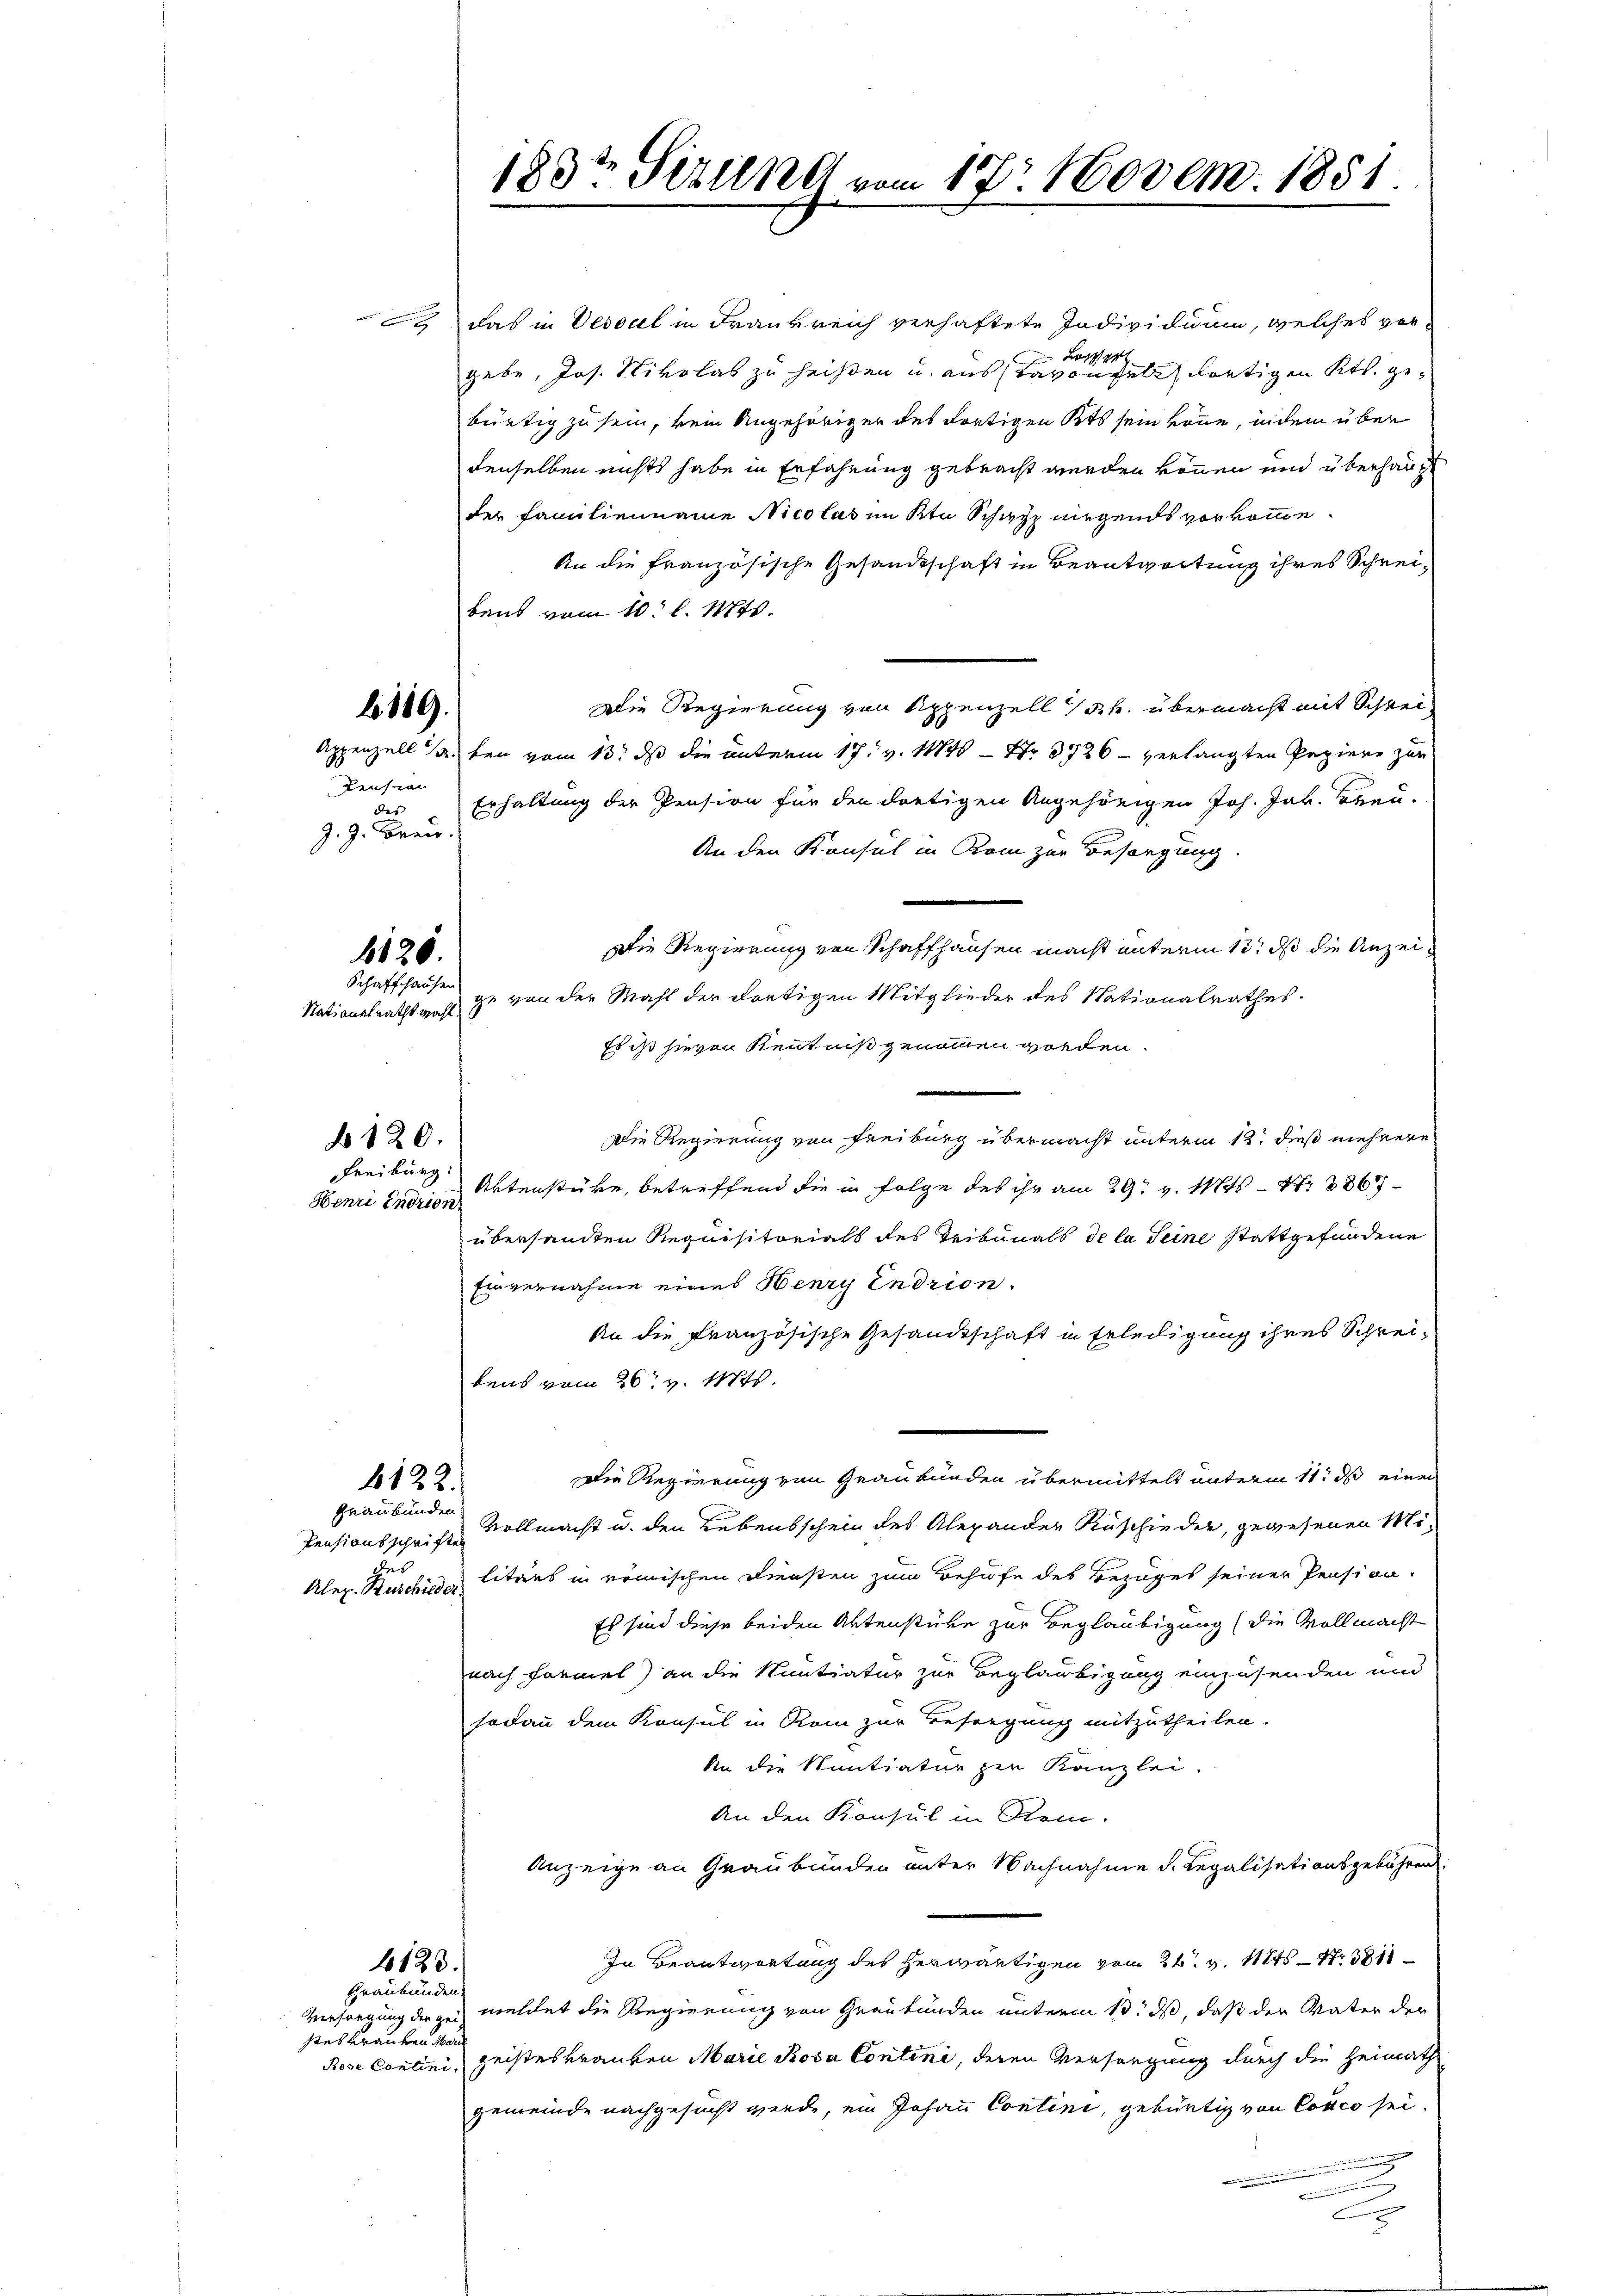
Reichnen
des |
J. J. Brei.

119.

6120.
Schaffhausen

Freiburg.
Henri indrion.

120.

Graubünden
Pensionsschriften
ches
Kleg. Ruschieder

c, das in Vesaal in Frankreich verhaftete Individuum, welches vor¬
 L
gebe, Jos. Rivolas zu heißen u. ausstavongelich dortigen Kts. gebürtig zu sein, kein Angehöriger des dortigen Kts sein köne, indem über
denselben nichts habe in Erfahrung gebracht werden können und überhaupt
der Familienname Nicolas im Kt. Schatz nirgends vorkomme.
An die französische Gesandtschaft in Beantwortung ihres Schreibens vom 10t l. Mts.
Die Regierung von Appenzell h. übermacht mit Schrei¬
Appenzell A. bei vom 13. ds die unterm 17. v. 11845 — Nr. 3726 - verlangten Papiere zur
Erhaltung der Pension für den dortigen Angehörigen Joh. Jak. Breu-
An den Konsul in Rom zur Besorgung.
Die Regierung von Schaffhausen macht unterm 13t ds die Anzei¬
Nationalrathswahl zu von der Mahl der dortigen Mitglieder des Nationalrathes.
Es ist hievon Kenntniß genommen worden.
e
Die Regierung von Freiburg übermacht unterm 12. dieß mehrere
Aktenstüke, betreffend die in Folge des ihr am 29. v. M. 186
übersandten Requisitorials des Reibunals de la Seine stattgefundene
Einvernahme eines Henry Endrion.
An die französische Gesandtschaft in Erledigung ihres Schreibens vom 26t v. Mts.
Die Regierung von Graubünden übermittelt unterm 11. ds einer
4122.
Vollmacht u. den Lebensschein des Alexander Ruschieder, gewesenen Militärs in reinischen Diensten zum Behufe des Bezuges seiner Pension.
Es sind diese beiden Aktenstüke zur Beglaubigung (die Vollmacht
nach Formel) an die Sentiatur zur Beglaubigung einzusenden und
sodann dem Konsul in Rom zur Besorgung mitzutheilen.
An die Sentiatur zur Kanzlei.
An den Konsul in Rein.
Anzeige an Graubünden unter Nachnahme d. Regalisationsgebühren:
In Beantwortung des herwärtigen vom 24. v. Mts. Nr. 381
6123.
Versorgung der meldet die Regierung von Graubünden unterm 13. ds, daß der Vater der
Rose Contini geisteskrauten Marie Rosa Contine, deren Versorgung durch die Heimathgemeinde nachgesucht werde, ein Johann Contini, gebürtig von Conco sei,
.

Graubünden
stes Kranken an

183te Sitzung vom 17. Novem. 1851